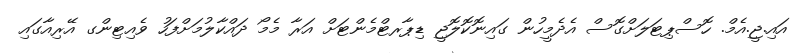
އައި.ޖީ.އެމް. ހޮސްޕިޓަލަށްގޮސް އެދެމީހުން ގައިނޮކޮލޮޖީ ޑިޕާރޓްމެންޓަށް އަރާ މެމޯ ދައްކާލުމަށްފަހު ވެއިޓިންގ އޭރިއާގައި